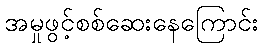
အမှုဖွင့်စစ်ဆေးနေကြောင်း